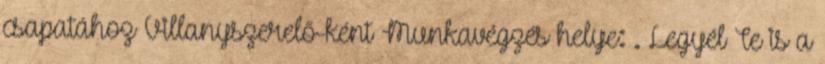
csapatához Villanyszerelő-ként Munkavégzés helye: . Legyél Te is a